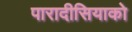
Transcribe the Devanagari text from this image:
पारादीसियाको